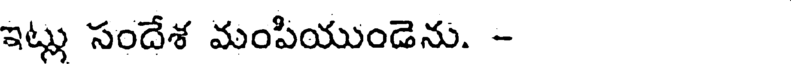
ఇట్లు సందేశ మంపియుండెను. -